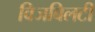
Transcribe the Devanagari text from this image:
विजबिलटी